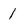
Character: 1